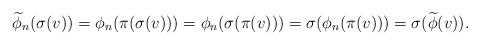
LaTeX: \begin{align*}\widetilde{\phi}_n(\sigma(v)) = \phi_n(\pi(\sigma(v))) = \phi_n(\sigma(\pi(v))) = \sigma(\phi_n(\pi(v))) = \sigma(\widetilde{\phi}(v)).\end{align*}